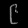
Digit: ၉